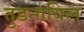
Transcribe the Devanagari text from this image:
तुडन्गयिल